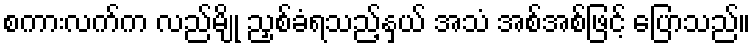
စကားလက်က လည်မျို ညှစ်ခံရသည့်နှယ် အသံ အစ်အစ်ဖြင့် ပြောသည်။